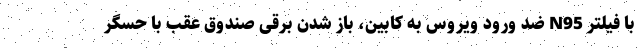
با فیلتر N95 ضد ورود ویروس به کابین، باز شدن برقی صندوق ‌عقب با حسگر